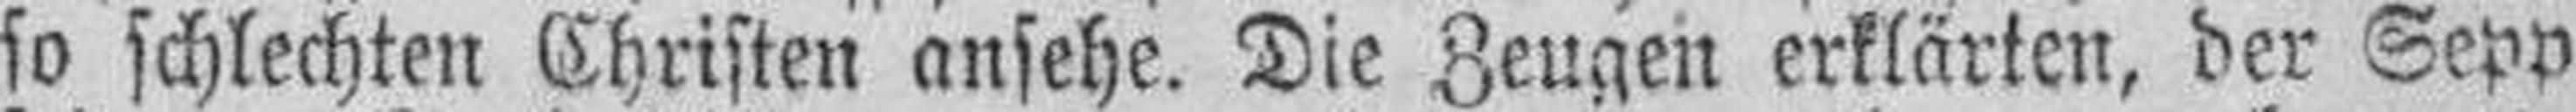
so schlechten Christen ansehe. Die Zeugen erklärten, der Sepp